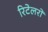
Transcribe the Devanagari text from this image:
रिटेलरों